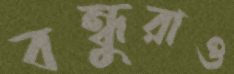
বন্ধুরাও